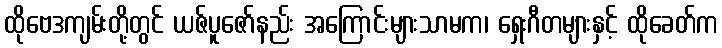
ထိုဗေဒကျမ်းတို့တွင် ယဇ်ပူဇော်နည်း အကြောင်းများသာမက၊ ရှေးဂီတများနှင့် ထိုခေတ်က